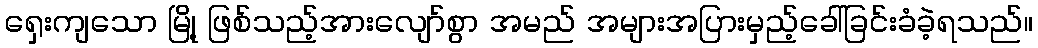
ရှေးကျသော မြို့ ဖြစ်သည့်အားလျော်စွာ အမည် အများအပြားမှည့်ခေါ်ခြင်းခံခဲ့ရသည်။